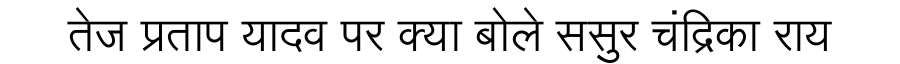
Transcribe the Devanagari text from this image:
तेज प्रताप यादव पर क्या बोले ससुर चंद्रिका राय